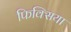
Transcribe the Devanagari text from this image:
फिक्सिया